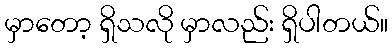
မှာတော့ ရှိသလို မှာလည်း ရှိပါတယ်။